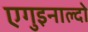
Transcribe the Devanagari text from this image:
एगुइनाल्दो